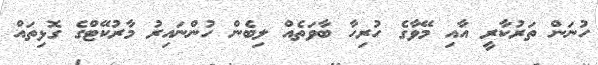
ހުނަން ތަރުކާރީ އާއި މޭވާގެ ހުރިހާ ބާވަތެއް ލިބެން ހުންނައިރު މާރުކޭޓްގެ ގޮޅިތައް